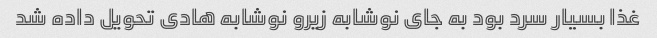
غذا بسیار سرد بود به جای نوشابه زیرو نوشابه هادی تحویل داده شد